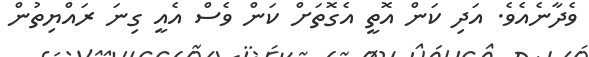
ވެދާނެއެވެ. އަދި ކަން އޮތީ އެގޮތަށް ކަން ވެސް އެއީ ގިނަ ރައްޔިތުން